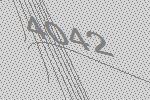
4042